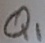
Text: Q1